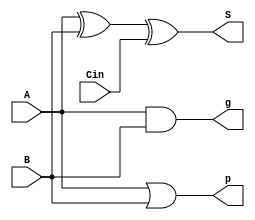
module single_bit_carry_lookahead(S, g, p, A, B, Cin);
	input A, B, Cin;
	output S, g, p;
	
	assign S = A ^ B ^ Cin;
	assign g = A & B;
	assign p = A | B;
endmodule

module carry_lookahead_logic(c1, c2, c3, G, P, g, p, Cin);
	output G, P;
	output c1, c2, c3;
	input [3:0] g, p;
	input Cin;
	
	assign c1 = g[0] | p[0] & Cin;
	assign c2 = g[1] | p[1] & g[0] | p[1] & p[0] & Cin;
	assign c3 = g[2] | p[2] & g[1] | p[2] & p[1] & g[0] | p[2] & p[1] & p[0] & Cin;
	assign c4 = g[3] | p[3] & p[2] | p[3] & p[2] & g[1] | p[3] & p[2] & p[1] & g[0];
	assign P = p[3] & p[2] & p[1] & p[0];
endmodule

module four_bit_carry_lookahead_adder(S, G, P, A, B, Cin);
	input [3:0] A, B;
	input Cin;
	output [3:0] S;
	output G, P;
	
	wire [3:0] g, p;
	wire c1, c2, c3;
	
	//single_bit_carry_lookahead(S, g, p, A, B, Cin);
	single_bit_carry_lookahead adder0 (S[0], g[0], p[0], A[0], B[0], Cin);
	single_bit_carry_lookahead adder1 (S[1], g[1], p[1], A[1], B[1], Cin);
	single_bit_carry_lookahead adder2 (S[2], g[2], p[2], A[2], B[2], Cin);
	single_bit_carry_lookahead adder3 (S[3], g[3], p[3], A[3], B[3], Cin);
	
	//carry_lookahead_logic(c1, c2, c3, G, P, g, p, Cin)
	carry_lookahead_logic lookahead_inst (c1, c2, c3, G, P, g, p, Cin);
	
endmodule

module sixteen_bit_carry_lookahead_adder(S, G, P, A, B, Cin);
	input [15:0] A, B;
	input Cin;
	output [15:0] S;
	output G, P;
	
	wire [3:0] g, p;
	wire c1, c2, c3;
	
	//four_bit_carry_lookahead_adder(S, G, P, A, B, Cin);
	four_bit_carry_lookahead_adder adder0 (S[3:0], g[0], p[0], A[3:0], B[3:0], Cin);
	four_bit_carry_lookahead_adder adder1 (S[7:4], g[1], p[1], A[7:4], B[7:4], c1);
	four_bit_carry_lookahead_adder adder2 (S[11:8], g[2], p[2], A[11:8], B[11:8], c2);
	four_bit_carry_lookahead_adder adder3 (S[15:12], g[3], p[3], A[15:12], B[15:12], c3);
	
	//carry_lookahead_logic(c1, c2, c3, G, P, g, p, Cin)
	carry_lookahead_logic lookahead_inst (c1, c2, c3, G, P, g, p, Cin);
	
endmodule

module sixtyfour_bit_carry_lookahead_adder(S, Cout, A, B, Cin);
	input [63:0] A, B;
	input Cin;
	output [63:0] S;
	output Cout;
	
	wire [3:0] g, p;
	wire c1, c2, c3;
	
	//sixteen_bit_carry_lookahead_adder(S, G, P, A, B, Cin);
	sixteen_bit_carry_lookahead_adder adder0 (S[15:0],  g[0], p[0], A[15:0], B[15:0],   Cin);
	sixteen_bit_carry_lookahead_adder adder1 (S[31:16], g[1], p[1], A[31:16], B[31:16], c1);
	sixteen_bit_carry_lookahead_adder adder2 (S[47:32], g[2], p[2], A[47:32], B[47:32], c2);
	sixteen_bit_carry_lookahead_adder adder3 (S[63:48], g[3], p[3], A[63:48], B[63:48], c3);
	
	wire G, P;
	carry_lookahead_logic lookahead_inst (c1, c2, c3, G, P, g, p, Cin);
	assign Cout = G | P & Cin;
endmodule